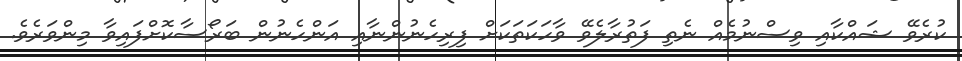
ކުރެވޭ ޝައްކާއި ވިސްނުމެއް ނެތި ފަތުރާލެވޭ ވާހަކަތަކަށް ފިރިހެނުންނާއި އަންހެނުން ބަރޯސާކޮށްފައިވާ މިންވަރެވެ.